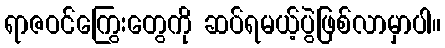
ရာဇဝင်ကြွေးတွေကို ဆပ်ရမယ့်ပွဲဖြစ်လာမှာပါ။